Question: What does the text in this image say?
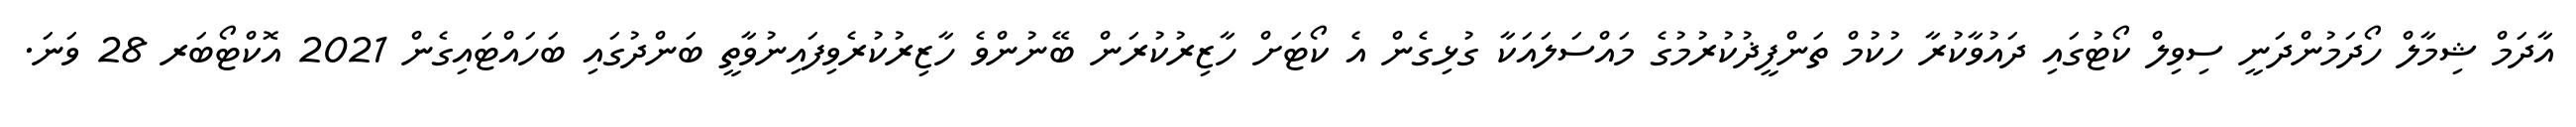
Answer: އާދަމް ޝިމާލް ހޯދަމުންދަނީ ސިވިލް ކޯޓުގައި ދައުވާކުރާ ހުކުމް ތަންފީޛުކުރުމުގެ މައްސަލައަކާ ގުޅިގެން އެ ކޯޓަށް ހާޒިރުކުރަން ބޭނުންވެ ހާޒިރުކުރެވިފައިނުވާތީ ބަންދުގައި ބަހައްޓައިގެން 2021 އޮކްޓޯބަރ 28 ވަނަ.